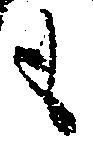
も